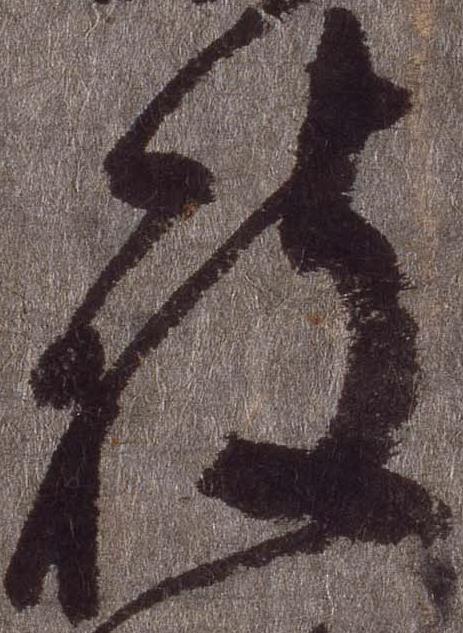
被